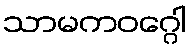
သာမကဝဂ္ဂေါ